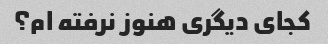
کجای دیگری هنوز نرفته ام؟